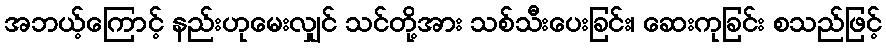
အဘယ့်ကြောင့် နည်းဟုမေးလျှင် သင်တို့အား သစ်သီးပေးခြင်း၊ ဆေးကုခြင်း စသည်ဖြင့်